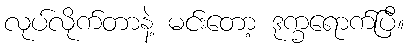
လုပ်လိုက်တာနဲ့ မင်းတော့ ဒုက္ခရောက်ပြီ။